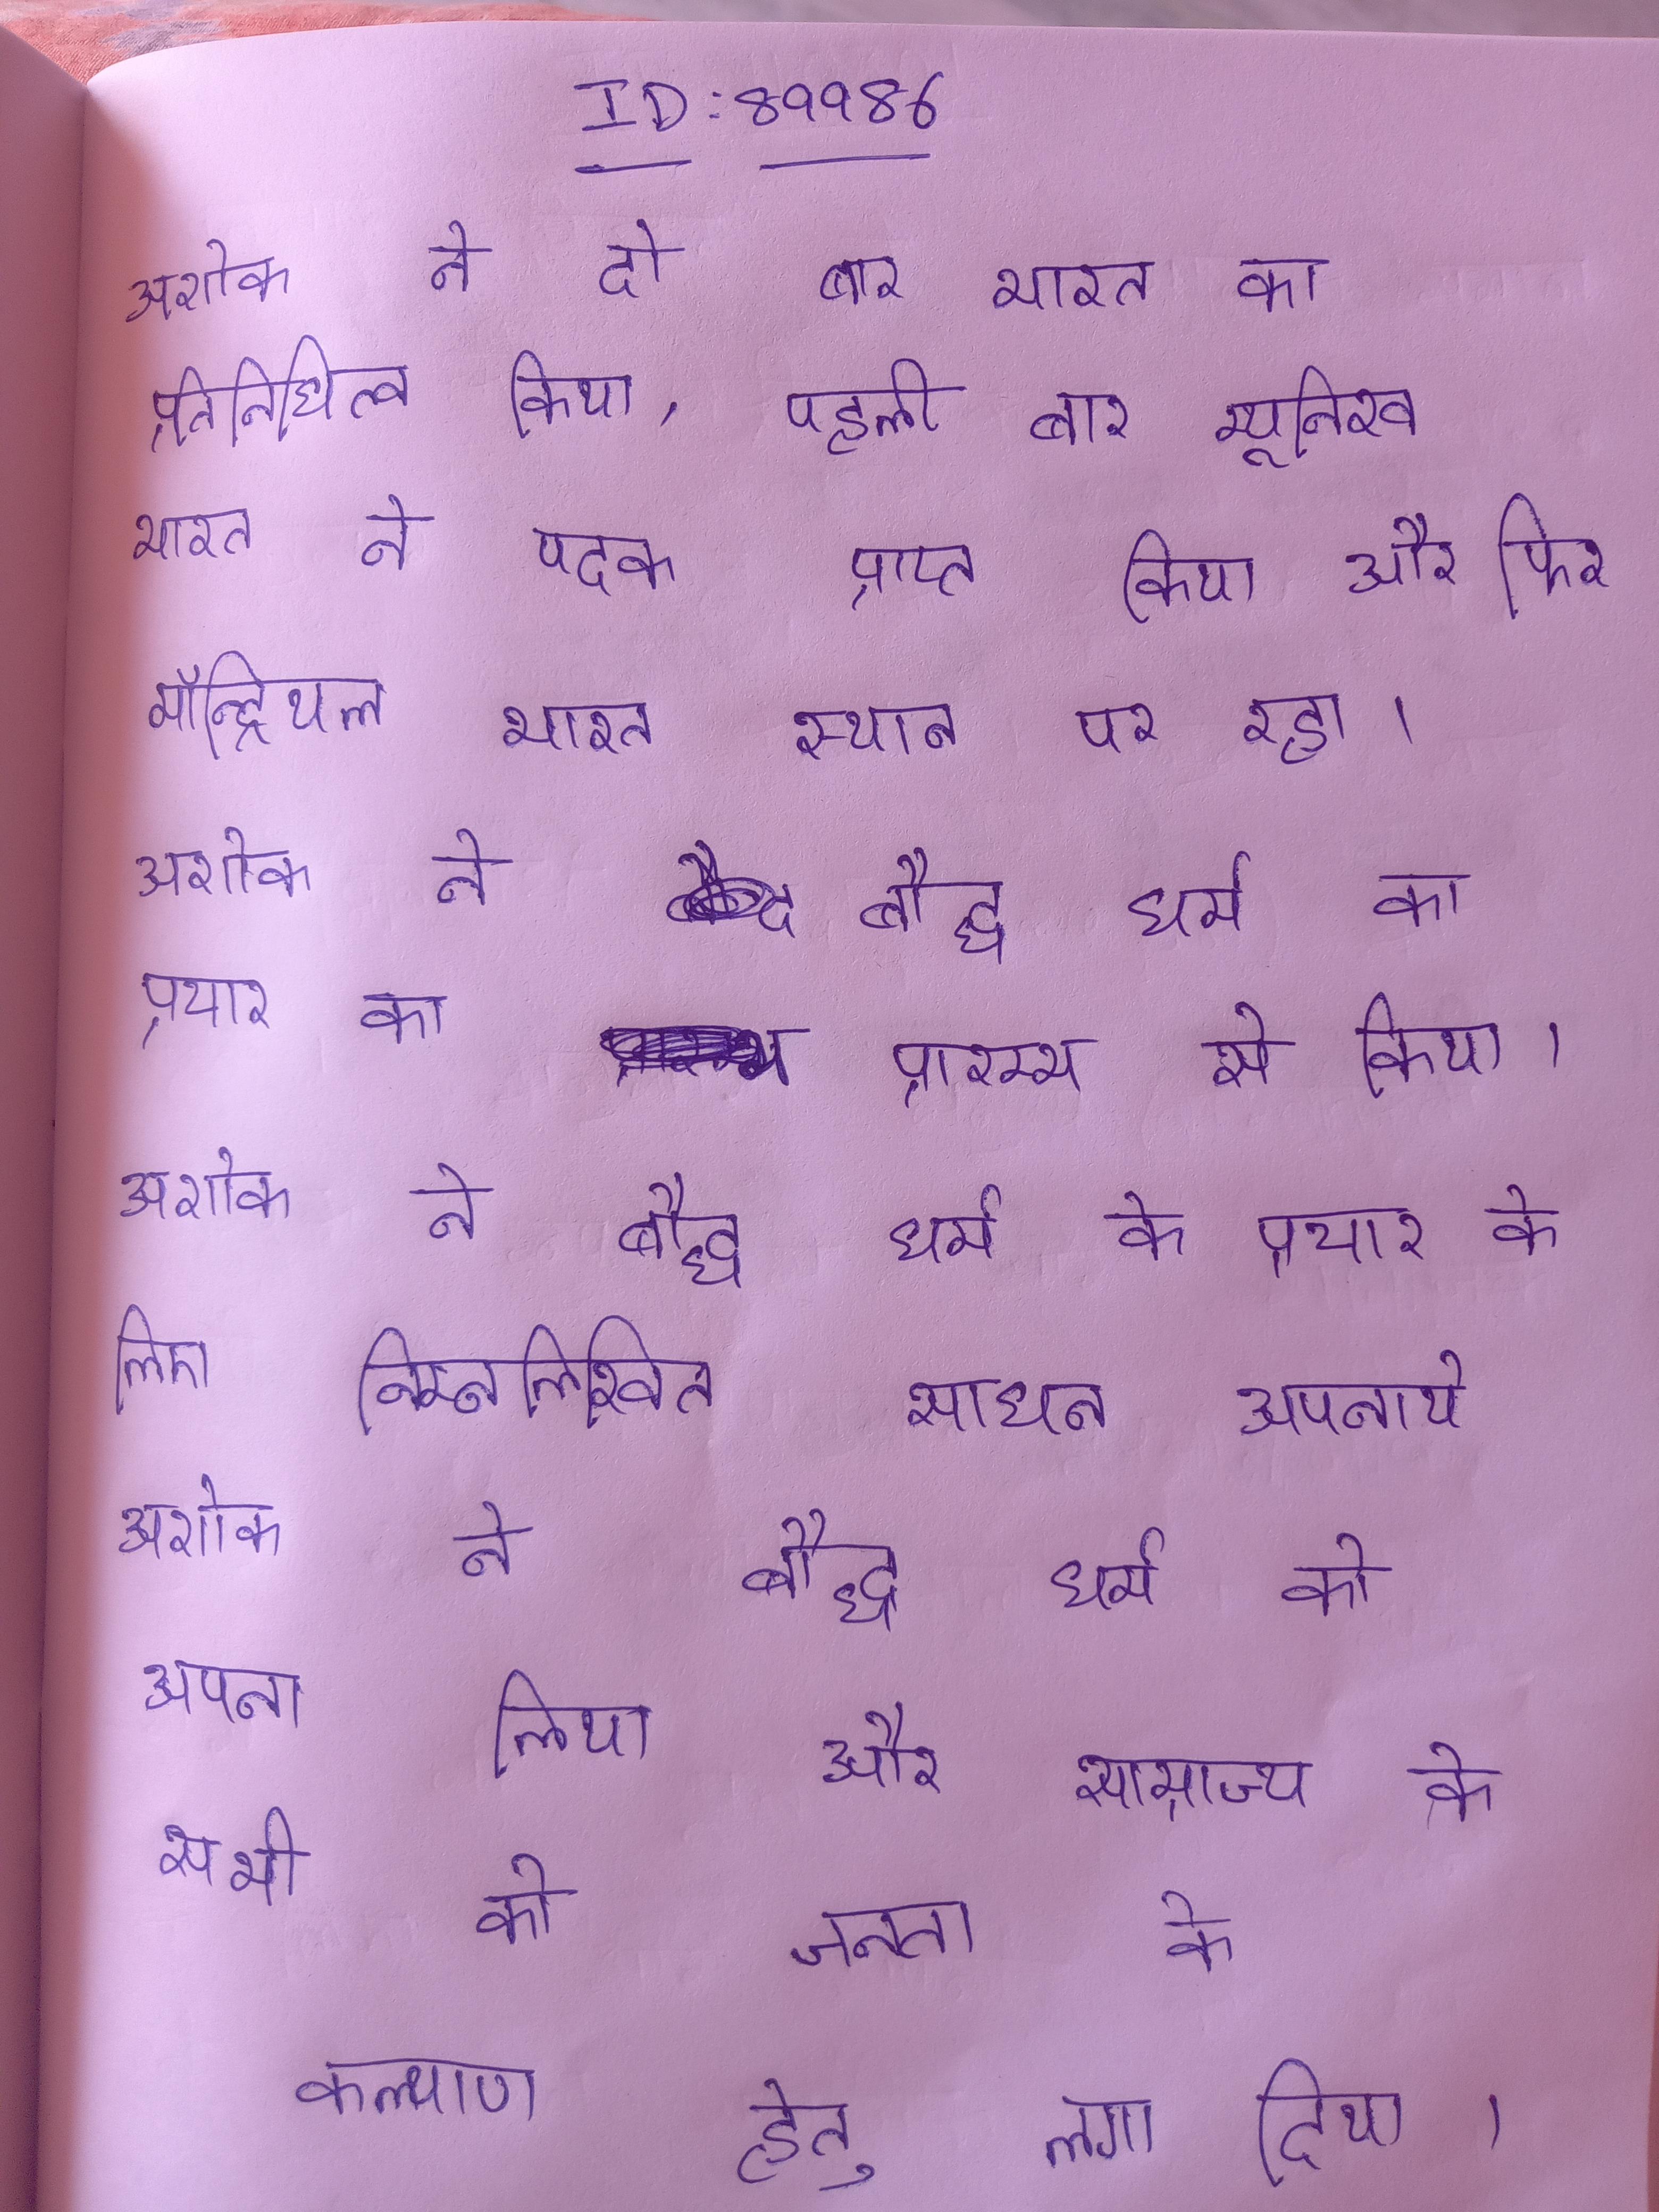
अशोक ने दो बार भारत का प्रतिनिधित्व किया, पहली बार म्यूनिख भारत ने पदक प्राप्त किया और फिर मॉन्ट्रियल भारत स्थान पर रहा । अशोक ने बौद्ध धर्म का प्रचार का प्रारम्भ से किया । अशोक ने बौद्ध धर्म के प्रचार के लिए निम्नलिखित साधन अपनाये अशोक ने बौद्ध धर्म को अपना लिया और साम्राज्य के सभी को जनता के कल्याण हेतु लगा दिया ।